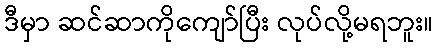
ဒီမှာ ဆင်ဆာကိုကျော်ပြီး လုပ်လို့မရဘူး။